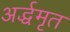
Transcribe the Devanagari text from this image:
अर्द्धमृत